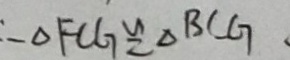
\therefore \Delta F C G \cong \Delta B C G